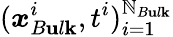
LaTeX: (\boldsymbol{x}_{B\mathbf{u}l\mathbf{k}}^{i},t^{i})_{i=1}^{\mathbb{N}_{B\mathbf{u}l\mathbf{k}}}